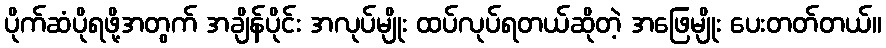
ပိုက်ဆံပိုရဖို့အတွက် အချိန်ပိုင်း အလုပ်မျိုး ထပ်လုပ်ရတယ်ဆိုတဲ့ အဖြေမျိုး ပေးတတ်တယ်။